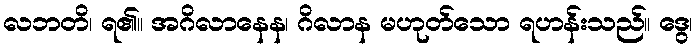
လဘတိ၊ ရ၏။ အဂိလာနေန၊ ဂိလာန မဟုတ်သော ရဟန်းသည်။ ဒွေ၊